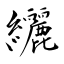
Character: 纚